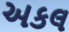
અકલ